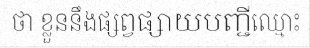
ថា ខ្លួននឹងផ្សព្វផ្សាយបញ្ជីឈ្មោះ